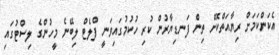
އެކަންކަމަށް ރިޔާއަތްކޮށް ތިން ފަނޑިޔާރުން ކުރި ހުކުމުގައިވަނީ ފްލެޓް ލިބޭނެ މީހުންގެ ލިސްޓުގައި